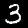
Label: 3